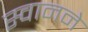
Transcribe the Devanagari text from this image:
स्वानने